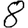
Digit: 8